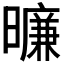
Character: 𬁛